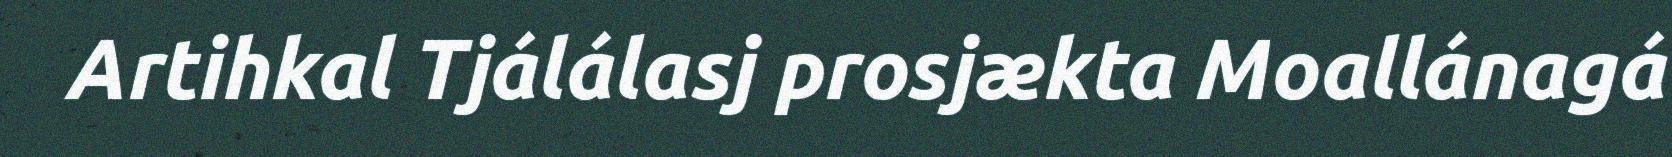
Artihkal Tjálálasj prosjækta Moallánagá